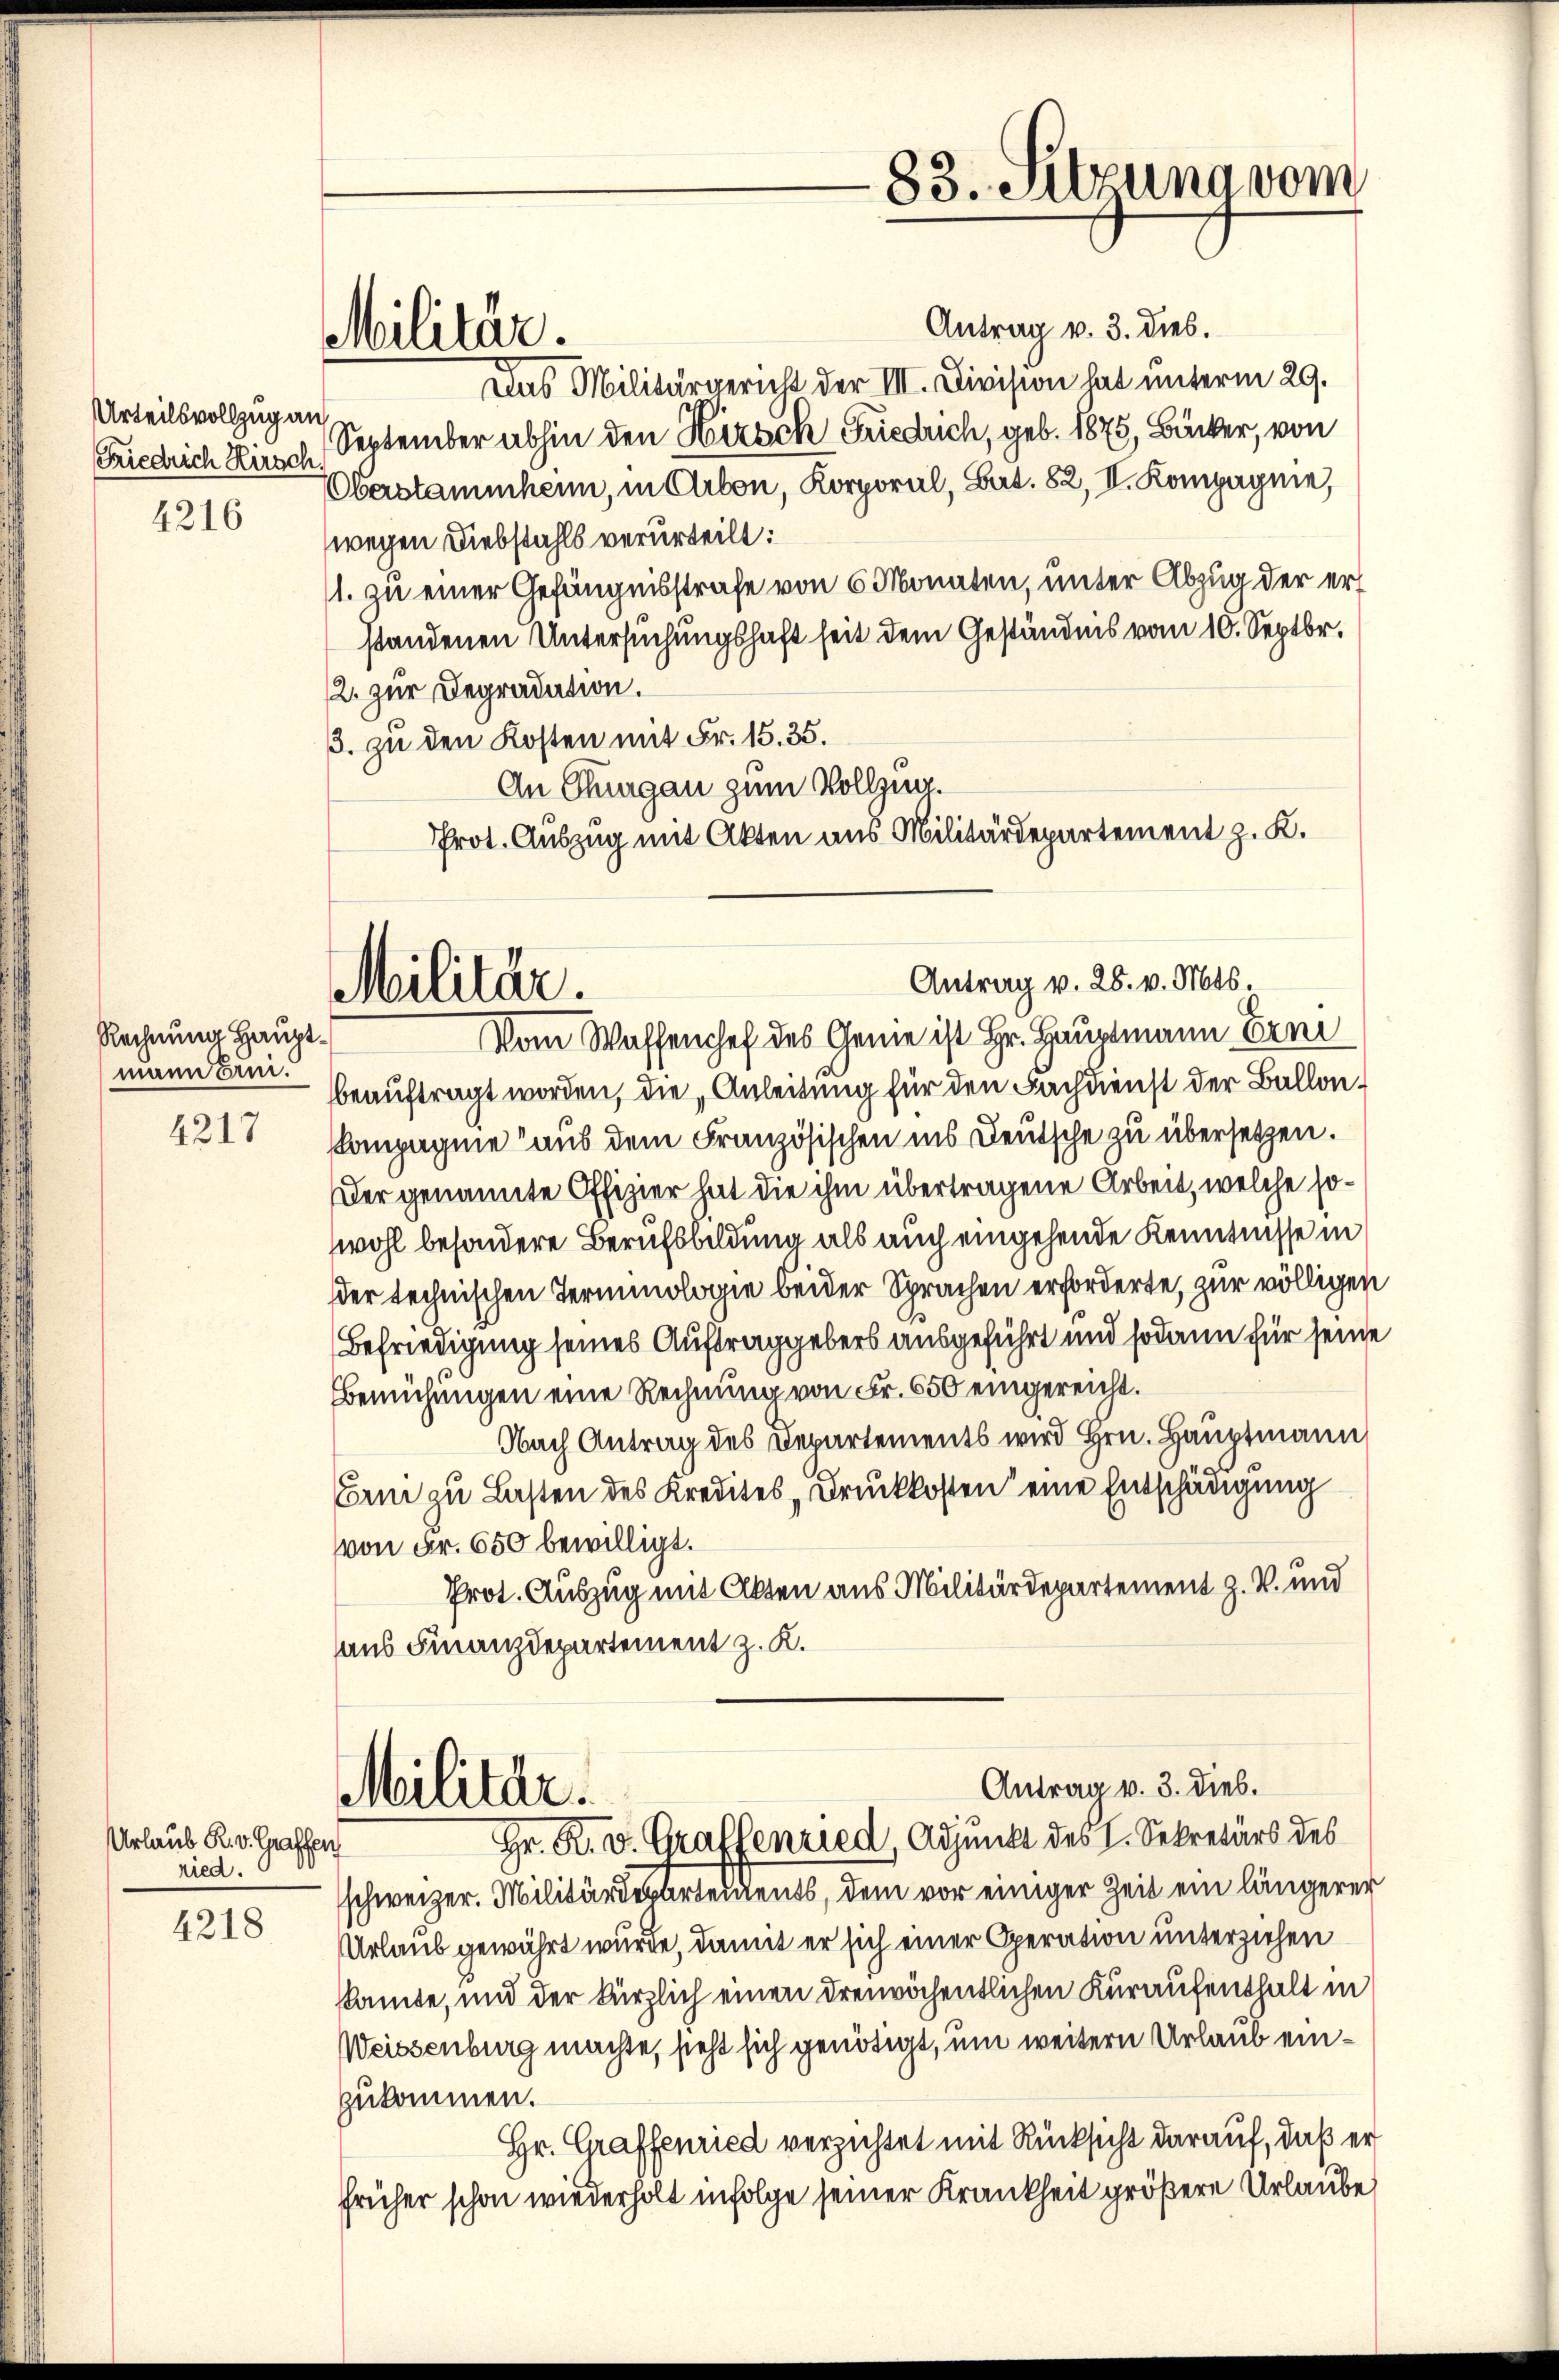
Urteilsvollzug an
Friedrich Hirsch
4216

Rechnung Hauptmann Erui.
4317

Urlaub R. v. Graffen
ried.
4218

Antrag v. 3. dies.
Das Militärgericht der III. Division hat unterm 29.
September abhin den Hirsch Friedrich, geb. 1875, Bäcker, von
Überstammheim, in Arbon, Korporal, Bat. 82, II. Kompagnie,
wegen Diebstahls verurteilt:
1. zu einer Gefängnisstrafe von 6 Monaten, unter Abzug der erstandenen Untersuchungshaft seit dem Geständnis vom 10. Septbr.
2. zur Degradation.
3. zu den Kosten mit Fr. 15. 35.
An Thurgau zum Vollzi
Prot. Auszug mit Akten aus Militärdepartement z. K.

Militär.

Vom Waffenchef des Gemeist Hr. Hauptmann Ern
beauftragt worden, die „Anleitung für den Fachdienst der Ballon¬
Kompagnie aus dem Französischen ins Deutsche zu übersetzen.
Der genannte Offizier hat die ihm übertragene Arbeit, welche sowohl besondere Berufsbildung als auch eingehende Kenntnisse in
der technischen Terminologie beider Sprachen erforderte, zur völligen
Befriedigung seines Auftraggebers ausgeführt und sodann für seine
Bemühungen eine Rechnung von Fr. 650 eingereicht.
Nach Antrag des Departements wird Hrn. Hauptmann
Bri zu Lasten des Kredites Druckkosten eine Entschädigung
von Fr. 650 bewilligt.
Prot. Auszug mit Akten aus Militärdepartement z. V. und
aus Finanzdepartement z. K.

Militär.

83. Sitzung vom

Antrag v. 28. v. Mts.

Antrag v. 3. Dieb.
Militär.
Hr. K. v. Graffenried, Adjunkt des I. Sekretärs des

schweizer. Militärdepartements, dem vor einiger Zeit ein längerer
Urlaub gewährt wurde, damit er sich einer Operation unterziehen
kante, und der kürzlich einen dreiwöchentlichen Kuraufenthalt in
Weissenburg machte, sieht sich genötigt, um weitern Urlaub einzukommen.
Hr. Graffenried verzichtet mit Rücksicht darauf, daß er
früher schon wiederholt infolge seiner Krankheit größere Urlaube